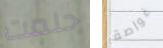
حلمت غواصة